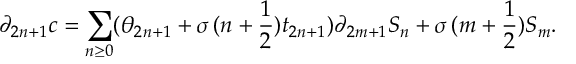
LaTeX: \partial _ { 2 n + 1 } c = \sum _ { n \geq 0 } ( \theta _ { 2 n + 1 } + \sigma \, ( n + \frac { 1 } { 2 } ) t _ { 2 n + 1 } ) \partial _ { 2 m + 1 } S _ { n } + \sigma \, ( m + \frac { 1 } { 2 } ) S _ { m } .